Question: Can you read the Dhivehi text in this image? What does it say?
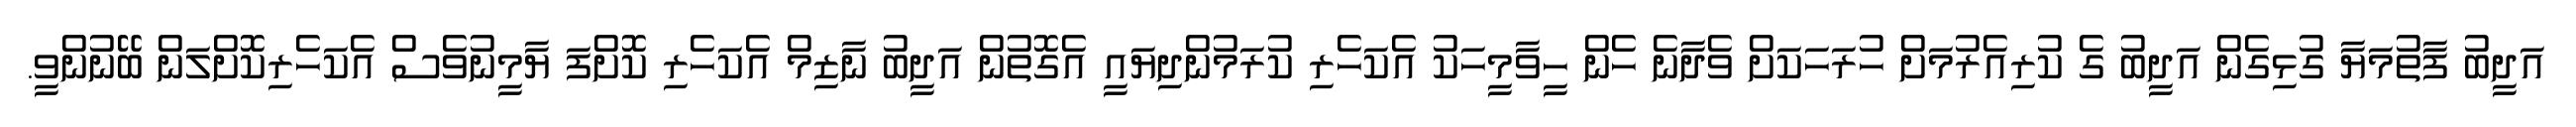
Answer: އަދީބު ފާތުމަޔާ ގުޅިގެން އަދީބު ގެ ކުރިއެރުމަށް ހުރަހަކަށް ވެދާނެ ހެން ހީވާމީހަކު އެކަހެރި ކުރަމުންދިޔައީ އެގޮތުން އަދީބު ނާޒިމް އެކަހެރި ކޮށްފަ ޔާމީނުވެސް އެކަހެރިކޮށްލަން ބޭނުންވީ.